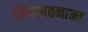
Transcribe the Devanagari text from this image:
सियाहतनामा